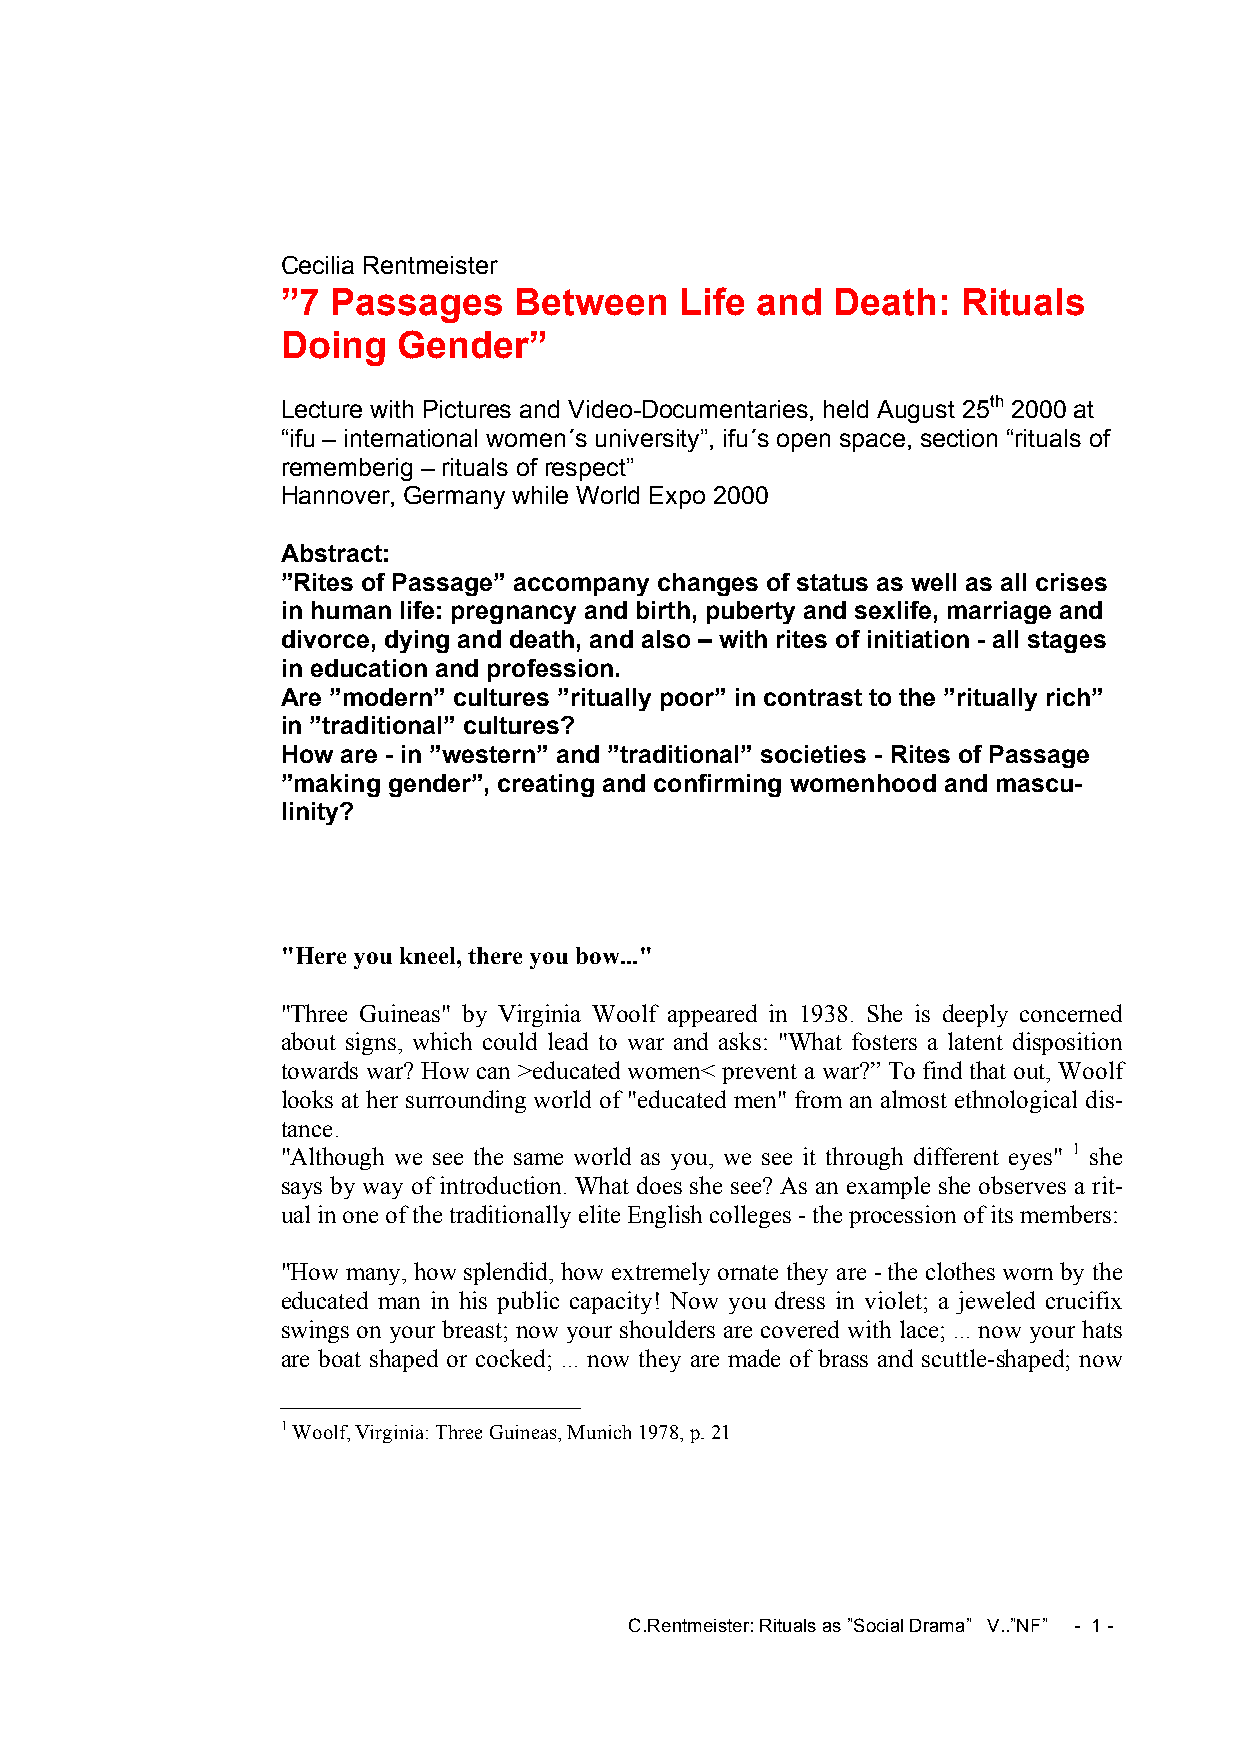
Cecilia Rentmeister
 ”7 Passages    Between    Life and  Death:   Rituals
 Doing  Gender”
 Lecture with Pictures and Video-Documentaries, held August 25th 2000 at
 “ifu – international women´s university”, ifu´s open space, section “rituals of
 rememberig – rituals of respect”
 Hannover, Germany while World Expo 2000
 Abstract:
 ”Rites of Passage” accompany changes of status as well as all crises
 in human life: pregnancy and birth, puberty and sexlife, marriage and
 divorce, dying and death, and also – with rites of initiation - all stages
 in education and profession.
 Are ”modern” cultures ”ritually poor” in contrast to the ”ritually rich”
 in ”traditional” cultures?
 How are - in ”western” and ”traditional” societies - Rites of Passage
 ”making gender”, creating and confirming womenhood and mascu-
 linity?
 "Here you kneel, there you bow..."
 "Three Guineas" by Virginia Woolf appeared in 1938. She is deeply concerned
 about signs, which could lead to war and asks: "What fosters a latent disposition
 towards war? How can >educated women< prevent a war?” To find that out, Woolf
 looks at her surrounding world of "educated men" from an almost ethnological dis-
 tance.
 "Although we see the same world as you, we see it through different eyes" 1 she
 says by way of introduction. What does she see? As an example she observes a rit-
 ual in one of the traditionally elite English colleges - the procession of its members:
 "How many, how splendid, how extremely ornate they are - the clothes worn by the
 educated man in his public capacity! Now you dress in violet; a jeweled crucifix
 swings on your breast; now your shoulders are covered with lace; ... now your hats
 are boat shaped or cocked; ... now they are made of brass and scuttle-shaped; now
 1 Woolf, Virginia: Three Guineas, Munich 1978, p. 21
 C.Rentmeister: Rituals as ”Social Drama” V..”NF” - 1 -